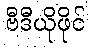
ဗီဒီယိုဖိုင်